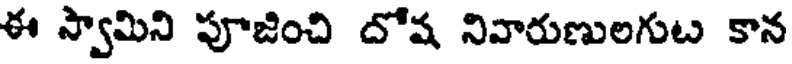
ఈ స్వామిని పూజించి దోష నివారుణులగుట కాన